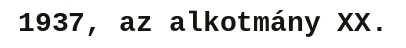
1937, az alkotmány XX.